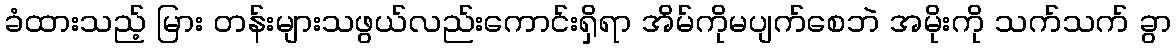
ခံထားသည့် မြား တန်းများသဖွယ်လည်းကောင်းရှိရာ အိမ်ကိုမပျက်စေဘဲ အမိုးကို သက်သက် ခွာ